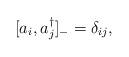
LaTeX: \begin{align*}[a_{i}, a^{\dagger}_{j}]_{-} = \delta_{ij},\end{align*}